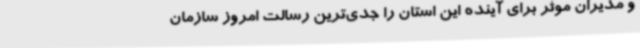
و مدیران موثر برای آینده این استان را جدی‌ترین رسالت امروز سازمان